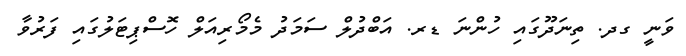
ވަނީ ގދ. ތިނަދޫގައި ހުންނަ ޑރ. އަބްދުލް ސަމަދު މެމޯރިއަލް ހޮސްޕިޓަލުގައި ފަރުވާ